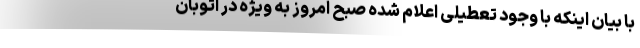
با بیان اینکه با وجود تعطیلی اعلام شده صبح امروز به ویژه در اتوبان